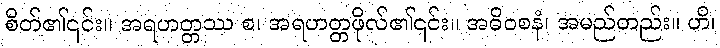
စိတ်၏၎င်း။ အရဟတ္တဿ စ၊ အရဟတ္တဖိုလ်၏၎င်း။ အဓိဝစနံ၊ အမည်တည်း။ ဟိ၊